Annual administration report of the Civil Veterinary Department of India - 1896-1897
Year: 1896
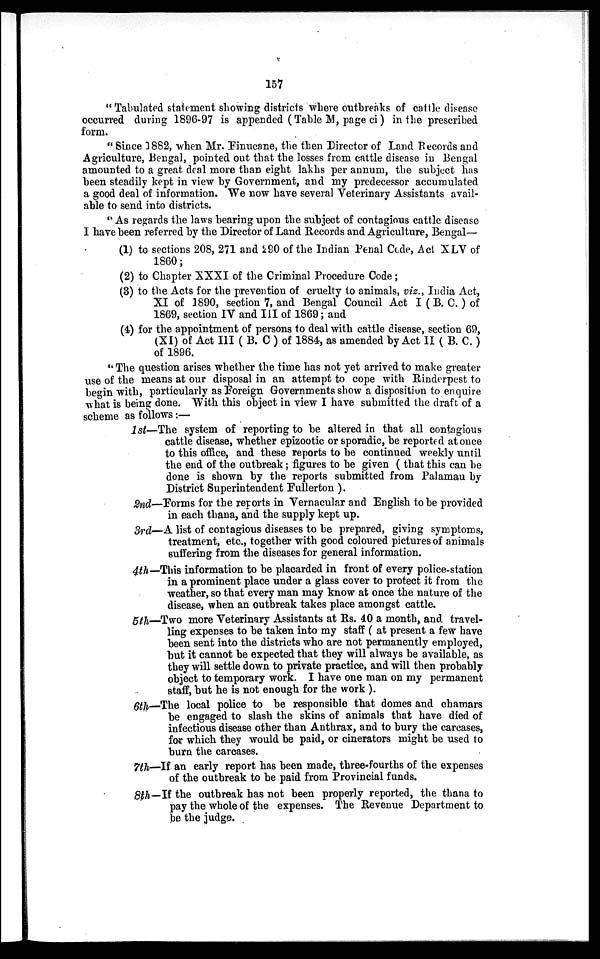
157
" Tabulated statement showing districts where outbreaks of cattle disease
occurred during 1896-97 is appended (Table M, page ci) in the prescribed
form.
" Since 1882, when Mr. Finucane, the then Director of Land Records and
Agriculture, Bengal, pointed out that the losses from cattle disease in Bengal
amounted to a great deal more than eight lakhs per annum, the subject has
been steadily kept in view by Government, and my predecessor accumulated
a good deal of information. We now have several Veterinary Assistants avail-
able to send into districts.
"As regards the laws bearing upon the subject of contagious cattle disease
I have been referred by the Director of Land Records and Agriculture, Bengal—
(1) to sections 208, 271 and 290 of the Indian Penal Code, Act XLV of
1860;
(2) to Chapter XXXI of the Criminal Procedure Code;
(3) to the Acts for the prevention of cruelty to animals, viz., India Act,
XI of 1890, section 7, and Bengal Council Act I (B. C.) of
1869, section IV and III of 1869 ; and
(4) for the appointment of persons to deal with cattle disease, section 69,
(XI) of Act III ( B. C ) of 1884, as amended by Act II (B. C.)
of 1896.
"The question arises whether the time has not yet arrived to make greater
use of the means at our disposal in an attempt to cope with Rinderpest to
begin with, particularly as Foreign Governments show a disposition to enquire
what is being done. With this object in view I have submitted the draft of a
scheme as follows :—
1st—The system of reporting to be altered in that all contagious
cattle disease, whether epizootic or sporadic, be reported at once
to this office, and these reports to be continued weekly until
the end of the outbreak; figures to be given ( that this can be
done is shown by the reports submitted from Palamau by
District Superintendent Fullerton ).
2nd—Forms for the reports in Vernacular and English to be provided
in each thana, and the supply kept up.
3rd—A list of contagious diseases to be prepared, giving symptoms,
treatment, etc., together with good coloured pictures of animals
suffering from the diseases for general information.
4th—This information to be placarded in front of every police-station
in a prominent place under a glass cover to protect it from the
weather, so that every man may know at once the nature of the
disease, when an outbreak takes place amongst cattle.
5th—Two more Veterinary Assistants at Rs. 40 a month, and travel-
ling expenses to be taken into my staff ( at present a few have
been sent into the districts who are not permanently employed,
but it cannot be expected that they will always be available, as
they will settle down to private practice, and will then probably
object to temporary work. I have one man on my permanent
staff, but he is not enough for the work ).
6th—The local police to be responsible that domes and chamars
be engaged to slash the skins of animals that have died of
infectious disease other than Anthrax, and to bury the carcases,
for which they would be paid, or cinerators might be used to
burn the carcases.
7th—If an early report has been made, three-fourths of the expenses
of the outbreak to be paid from Provincial funds.
8th—If the outbreak has not been properly reported, the thana to
pay the whole of the expenses. The Revenue Department to
be the judge.